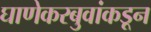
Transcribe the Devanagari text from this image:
घाणेकरबुवांकडून